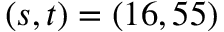
( s , t ) = ( 1 6 , 5 5 )